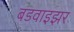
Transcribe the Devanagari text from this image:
बडवाइझर